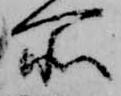
所